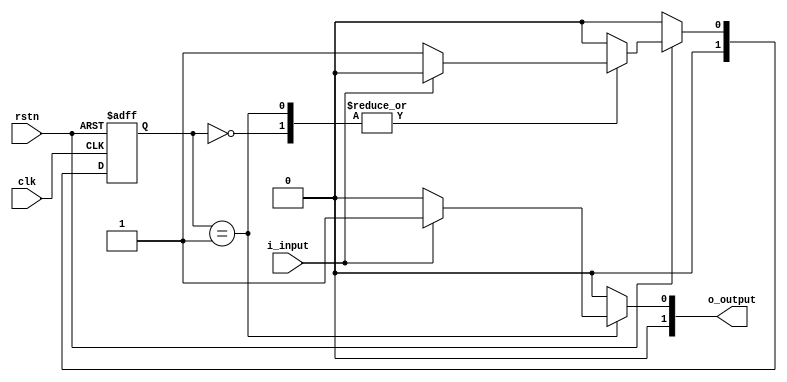
module mealy (
	input clk,
	input rstn,
	input i_input,
	output reg [1:0] o_output
);

reg [1:0]	r_ns;
reg [1:0]	r_cs;

parameter	s_0 = 1'h0,
			s_1 = 1'h1;

always @(posedge clk or negedge rstn) begin
	if(!rstn)	r_cs <= s_0;
	else		r_cs <= r_ns;
end

always @(*) begin
	if(!rstn)	begin r_ns = s_0; end
	else begin
			case(r_cs)
					s_0 :	if(i_input==1'h0)	begin r_ns = s_1; end
							else				begin r_ns = s_0; end
					s_1 :	if(i_input==1'h1)	begin r_ns = s_0; end
							else				begin r_ns = s_1; end
				default :						r_ns = s_0;
			endcase
	end
end


//assign o_output	= (r_cs == s_0) ? 1'b0 : ( (i_input==0) ? 1'b0 : 1'b1);

always @(*) begin
	if(r_cs == s_1) begin
			if (i_input==1'b1)	begin o_output = 1'b1; end
			else				begin o_output = 1'b0; end
	end
	
	else 						begin o_output = 1'b0; end
end

endmodule